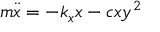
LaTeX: m { \ddot { x } } = - k _ { x } x - c x y ^ { 2 }